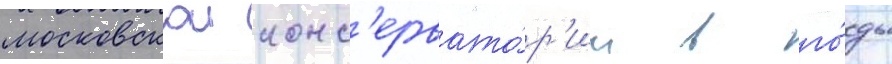
московскои конс'ервато́р'ии в го́ды